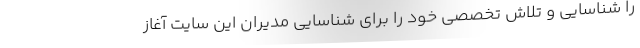
را شناسایی و تلاش تخصصی خود را برای شناسایی مدیران این سایت آغاز